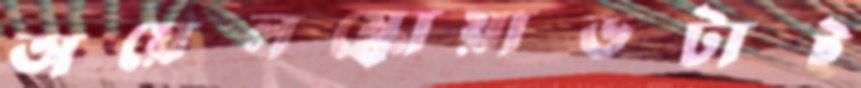
অয়েলস্কোয়াডটাই